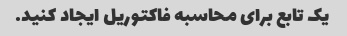
یک تابع برای محاسبه فاکتوریل ایجاد کنید.